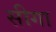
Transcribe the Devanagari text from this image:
सीगा